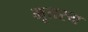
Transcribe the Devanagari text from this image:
भूतस्य